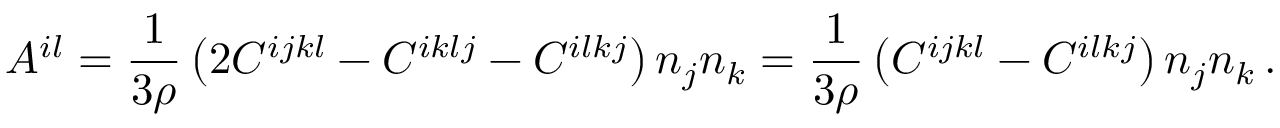
{ \cal A } ^ { i l } = \frac 1 { 3 \rho } \left( 2 C ^ { i j k l } - C ^ { i k l j } - C ^ { i l k j } \right) n _ { j } n _ { k } = \frac 1 { 3 \rho } \left( C ^ { i j k l } - C ^ { i l k j } \right) n _ { j } n _ { k } \, .